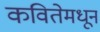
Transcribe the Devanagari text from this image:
कवितेमधून